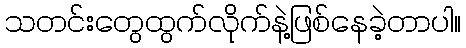
သတင်းတွေထွက်လိုက်နဲ့ဖြစ်နေခဲ့တာပါ။